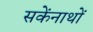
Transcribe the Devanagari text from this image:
सकेंनाथों